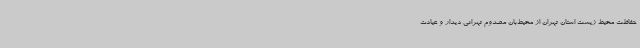
حفاظت محیط زیست استان تهران از محیط‌بان مصدوم تهرانی دیدار و عیادت